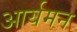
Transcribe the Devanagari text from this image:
आर्यमन